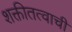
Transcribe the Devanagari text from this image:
शक्तीतत्वाची